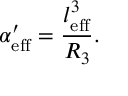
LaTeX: \alpha _ { \mathrm { e f f } } ^ { \prime } = \frac { l _ { \mathrm { e f f } } ^ { 3 } } { R _ { 3 } } .